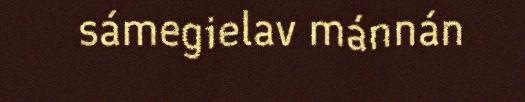
sámegielav mánnán